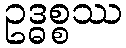
ဥဒ္ဓစ္စဿ